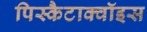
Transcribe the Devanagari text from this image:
पिस्कैटाक्वॉइस